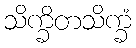
သိက္ခိတသိက္ခံ